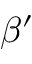
\beta ^ { \prime }